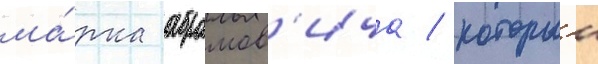
ма́рка абрамов'ича / которыи